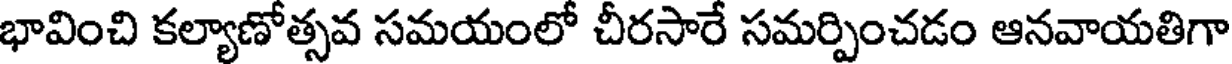
భావించి కల్యాణోత్సవ సమయంలో చీరసారే సమర్పించడం ఆనవాయతిగా